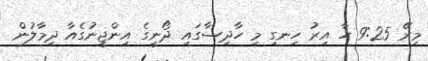
މިރޭ 9:25 ހާ އިރު ހިނގި މި ހާދިސާގައި ދޯނީގެ އިންޖީނުގެއާ ދިމާލުން